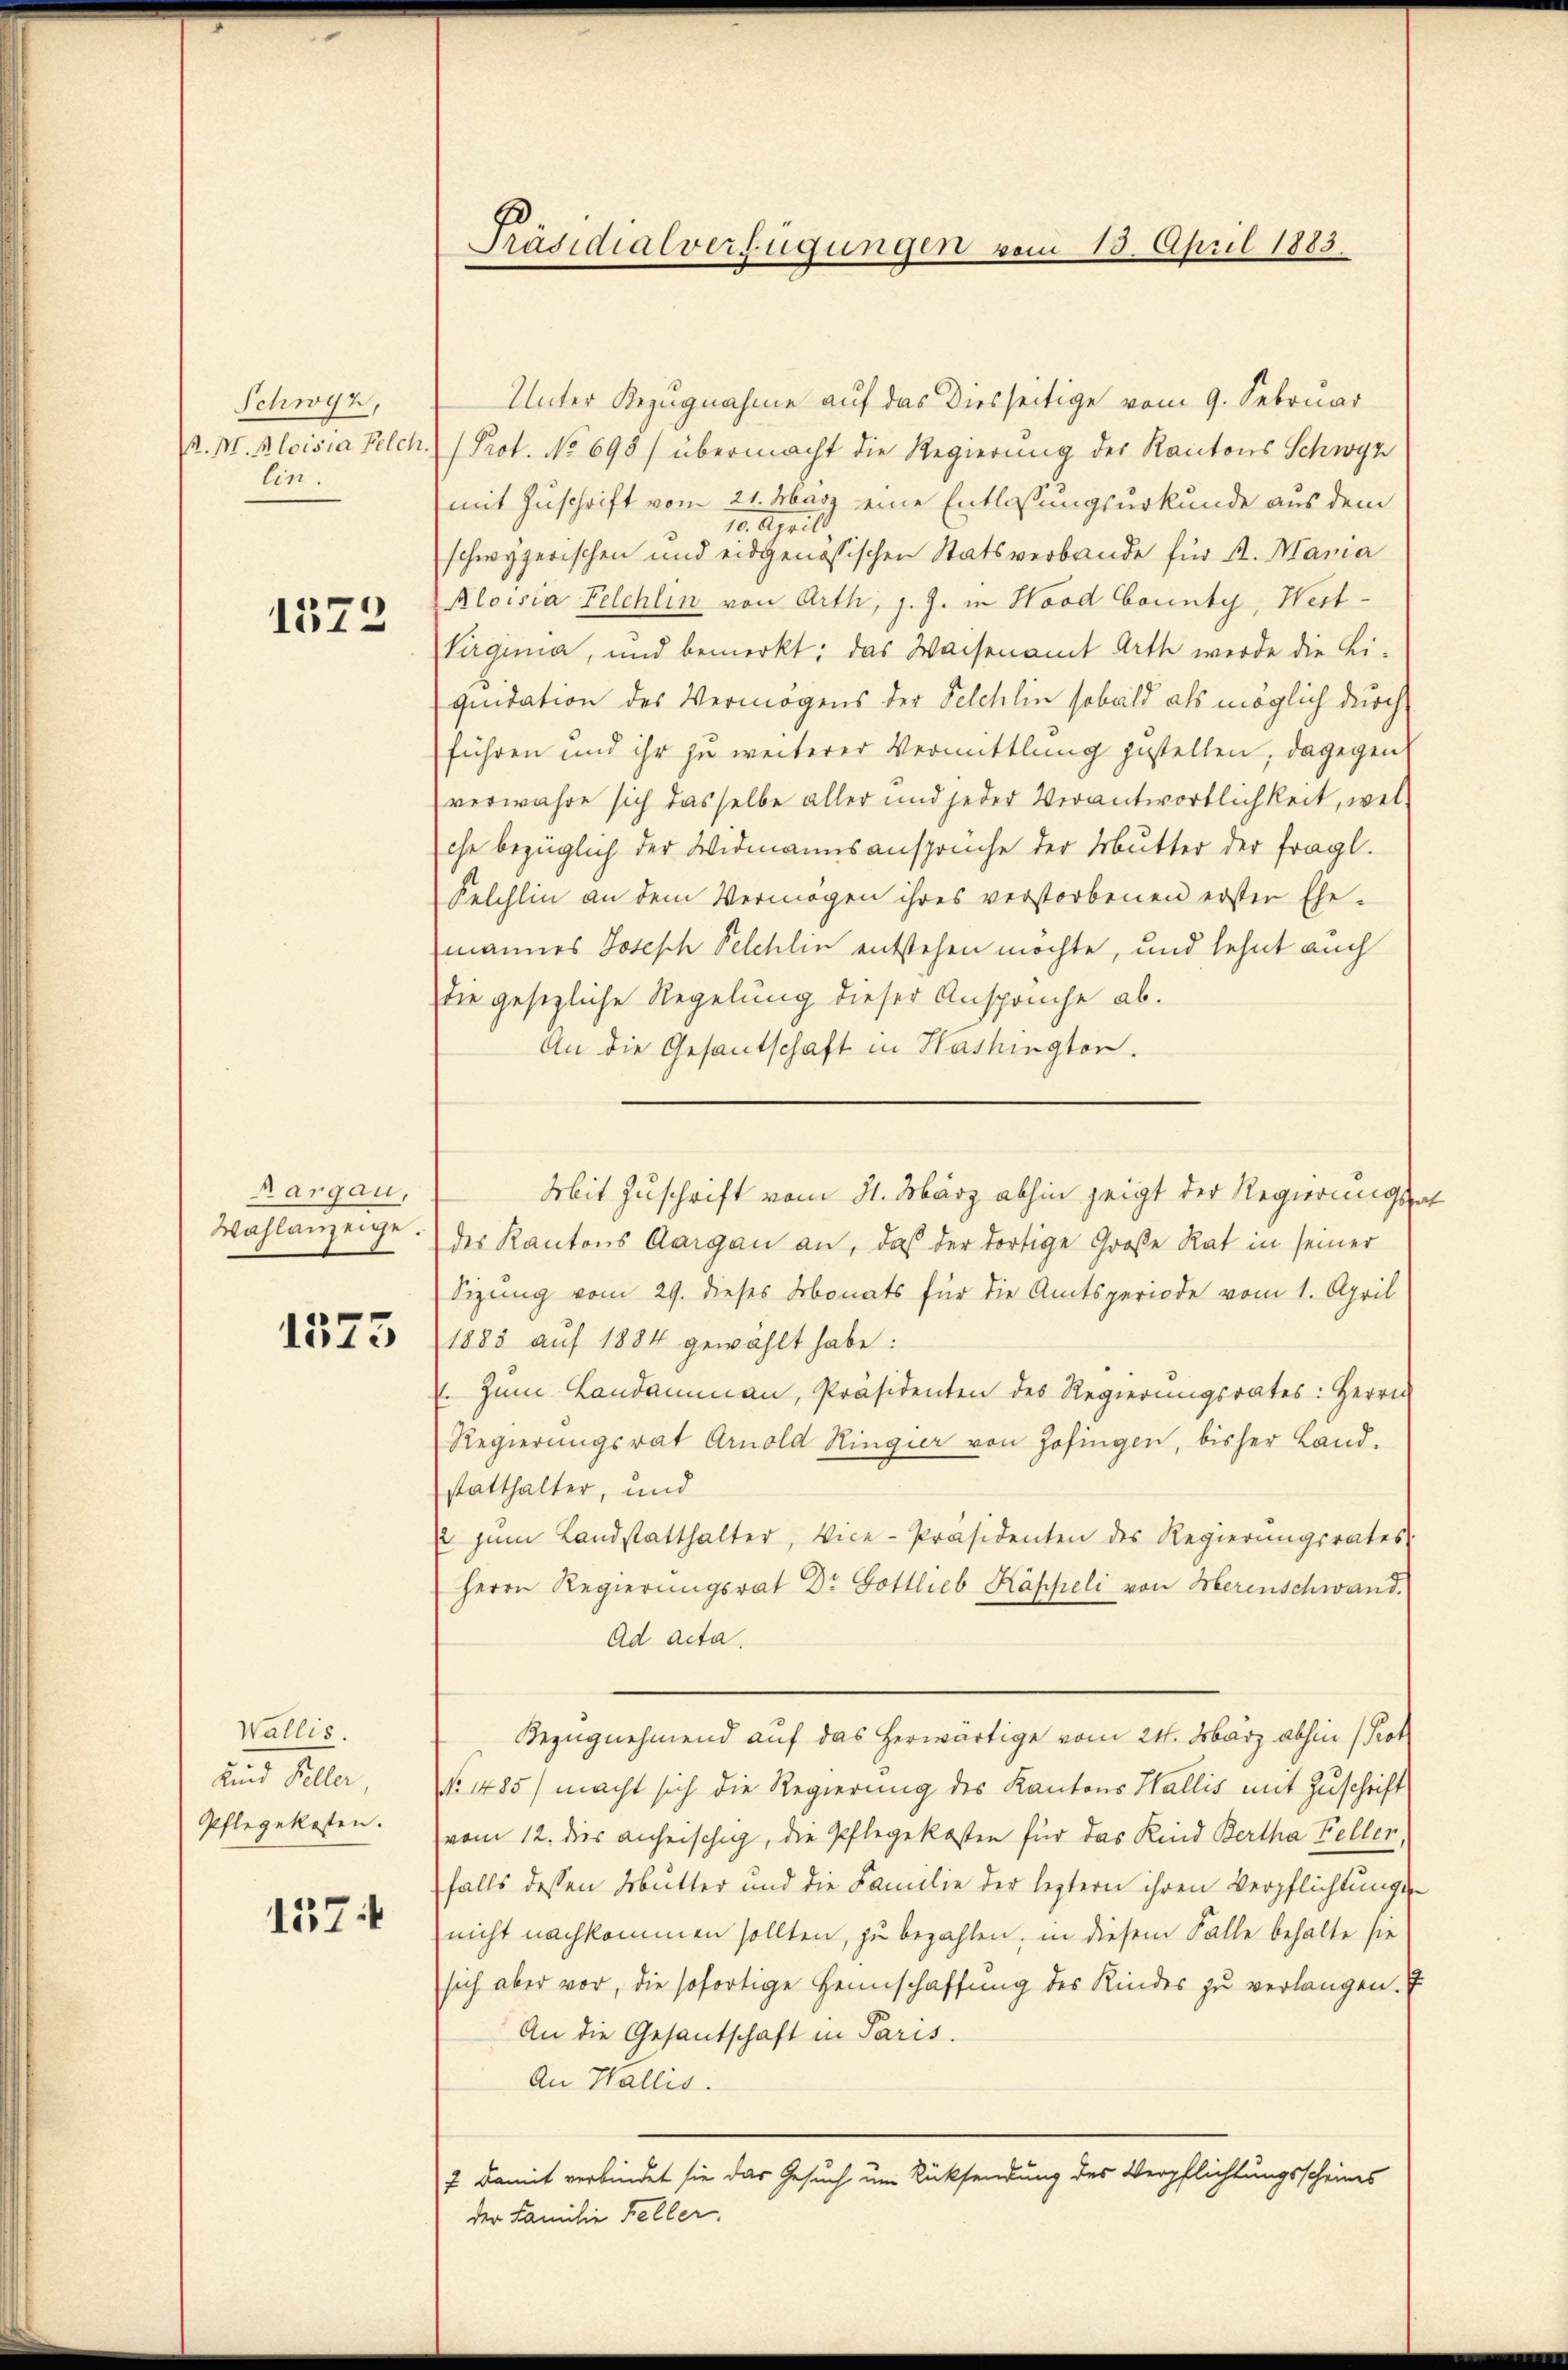
Schwyz,
R. M. Aloisia Felch
lin.

1522

Aargau,
Wahlanzeige.

1573

Wallis.
uind Keller
Pflegekosten.

1374

Präsidialverfügungen vom 15. April 1883.

Unter Bezugnahme auf das Diesseitige vom 9. Februar
Prot. No 698) übermacht die Regierung des Kantons Schwyz
mit Zuschrift vom 21. März eine Entlassungsurkunde aus dem
10. Aprill.
schwyzerischen und eidgenössischen Statsverbande für St. Maria
Aloisia Felchlin von Arth, J. J. in Hood bounty, Wert-
Virginia, und bemerkt; das Waisenamt Arth werde die Li-
quidation des Vermögens der Selchlin sobald als möglich durch
führen und ihr zu weiterer Vermittlung zustellen, dagegen
verwahre sich dasselbe aller und jeder Verantwortlichkeit, wel-
che bezüglich der Widmannsansprüche der Mutter der fragl.
Felchlin an dem Vermögen ihres verstorbenen erster Ehe-
mannes Joseph Pelchlin entstehen möchte, und lehnt auch
die gesezliche Regelung dieser Ansprüche ab.
An die Gesantschaft in Washington.
des Kantons Aargau an, daß der dortige Große Rat in seiner
Sizung vom 29. dieses Monats für die Amtsperiode vom 1. April
1883 auf 1884 gewählt habe:
Zŭm Landammann, Präsidenten des Regierŭngsrates: Herrn
Regierungsrat Arnold Ringier von Zofingen, bisher Land-
statthalter, und
2 zŭm Landstatthalter, Vice-Präsidenten des Regierŭngsrates
Herrn Regierungsrat Dr Gottlieb Kapseli von Herenschwand.
Ad acta.
Bezugnehmend auf das herwärtige vom 24. März abhin (Prot
No. 1485) macht sich die Regierung des Kantons Wallis mit Zuschrift
vom 12. dies anheischig, die Pflegekosten für das Kind Bertha Fellen,
falls dessen Mutter und die Familie der leztern ihren Verpflichtungsnicht nachkommen sollten, zu bezahlen, in diesem Falle behalte sie
sich aber vor, die sofortige Heimschaffung des Kindes zu verlangen.
An die Gesantschaft in Paris.
An Wallis.
7 Damit verbindet sie das Gesuch um Rücksendung des Verpflichtungsscheines
der Familie Feller.

Mit Zuschrift vom 31. März abhin zeigt der Regierungs-